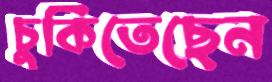
চুকিতেছেন